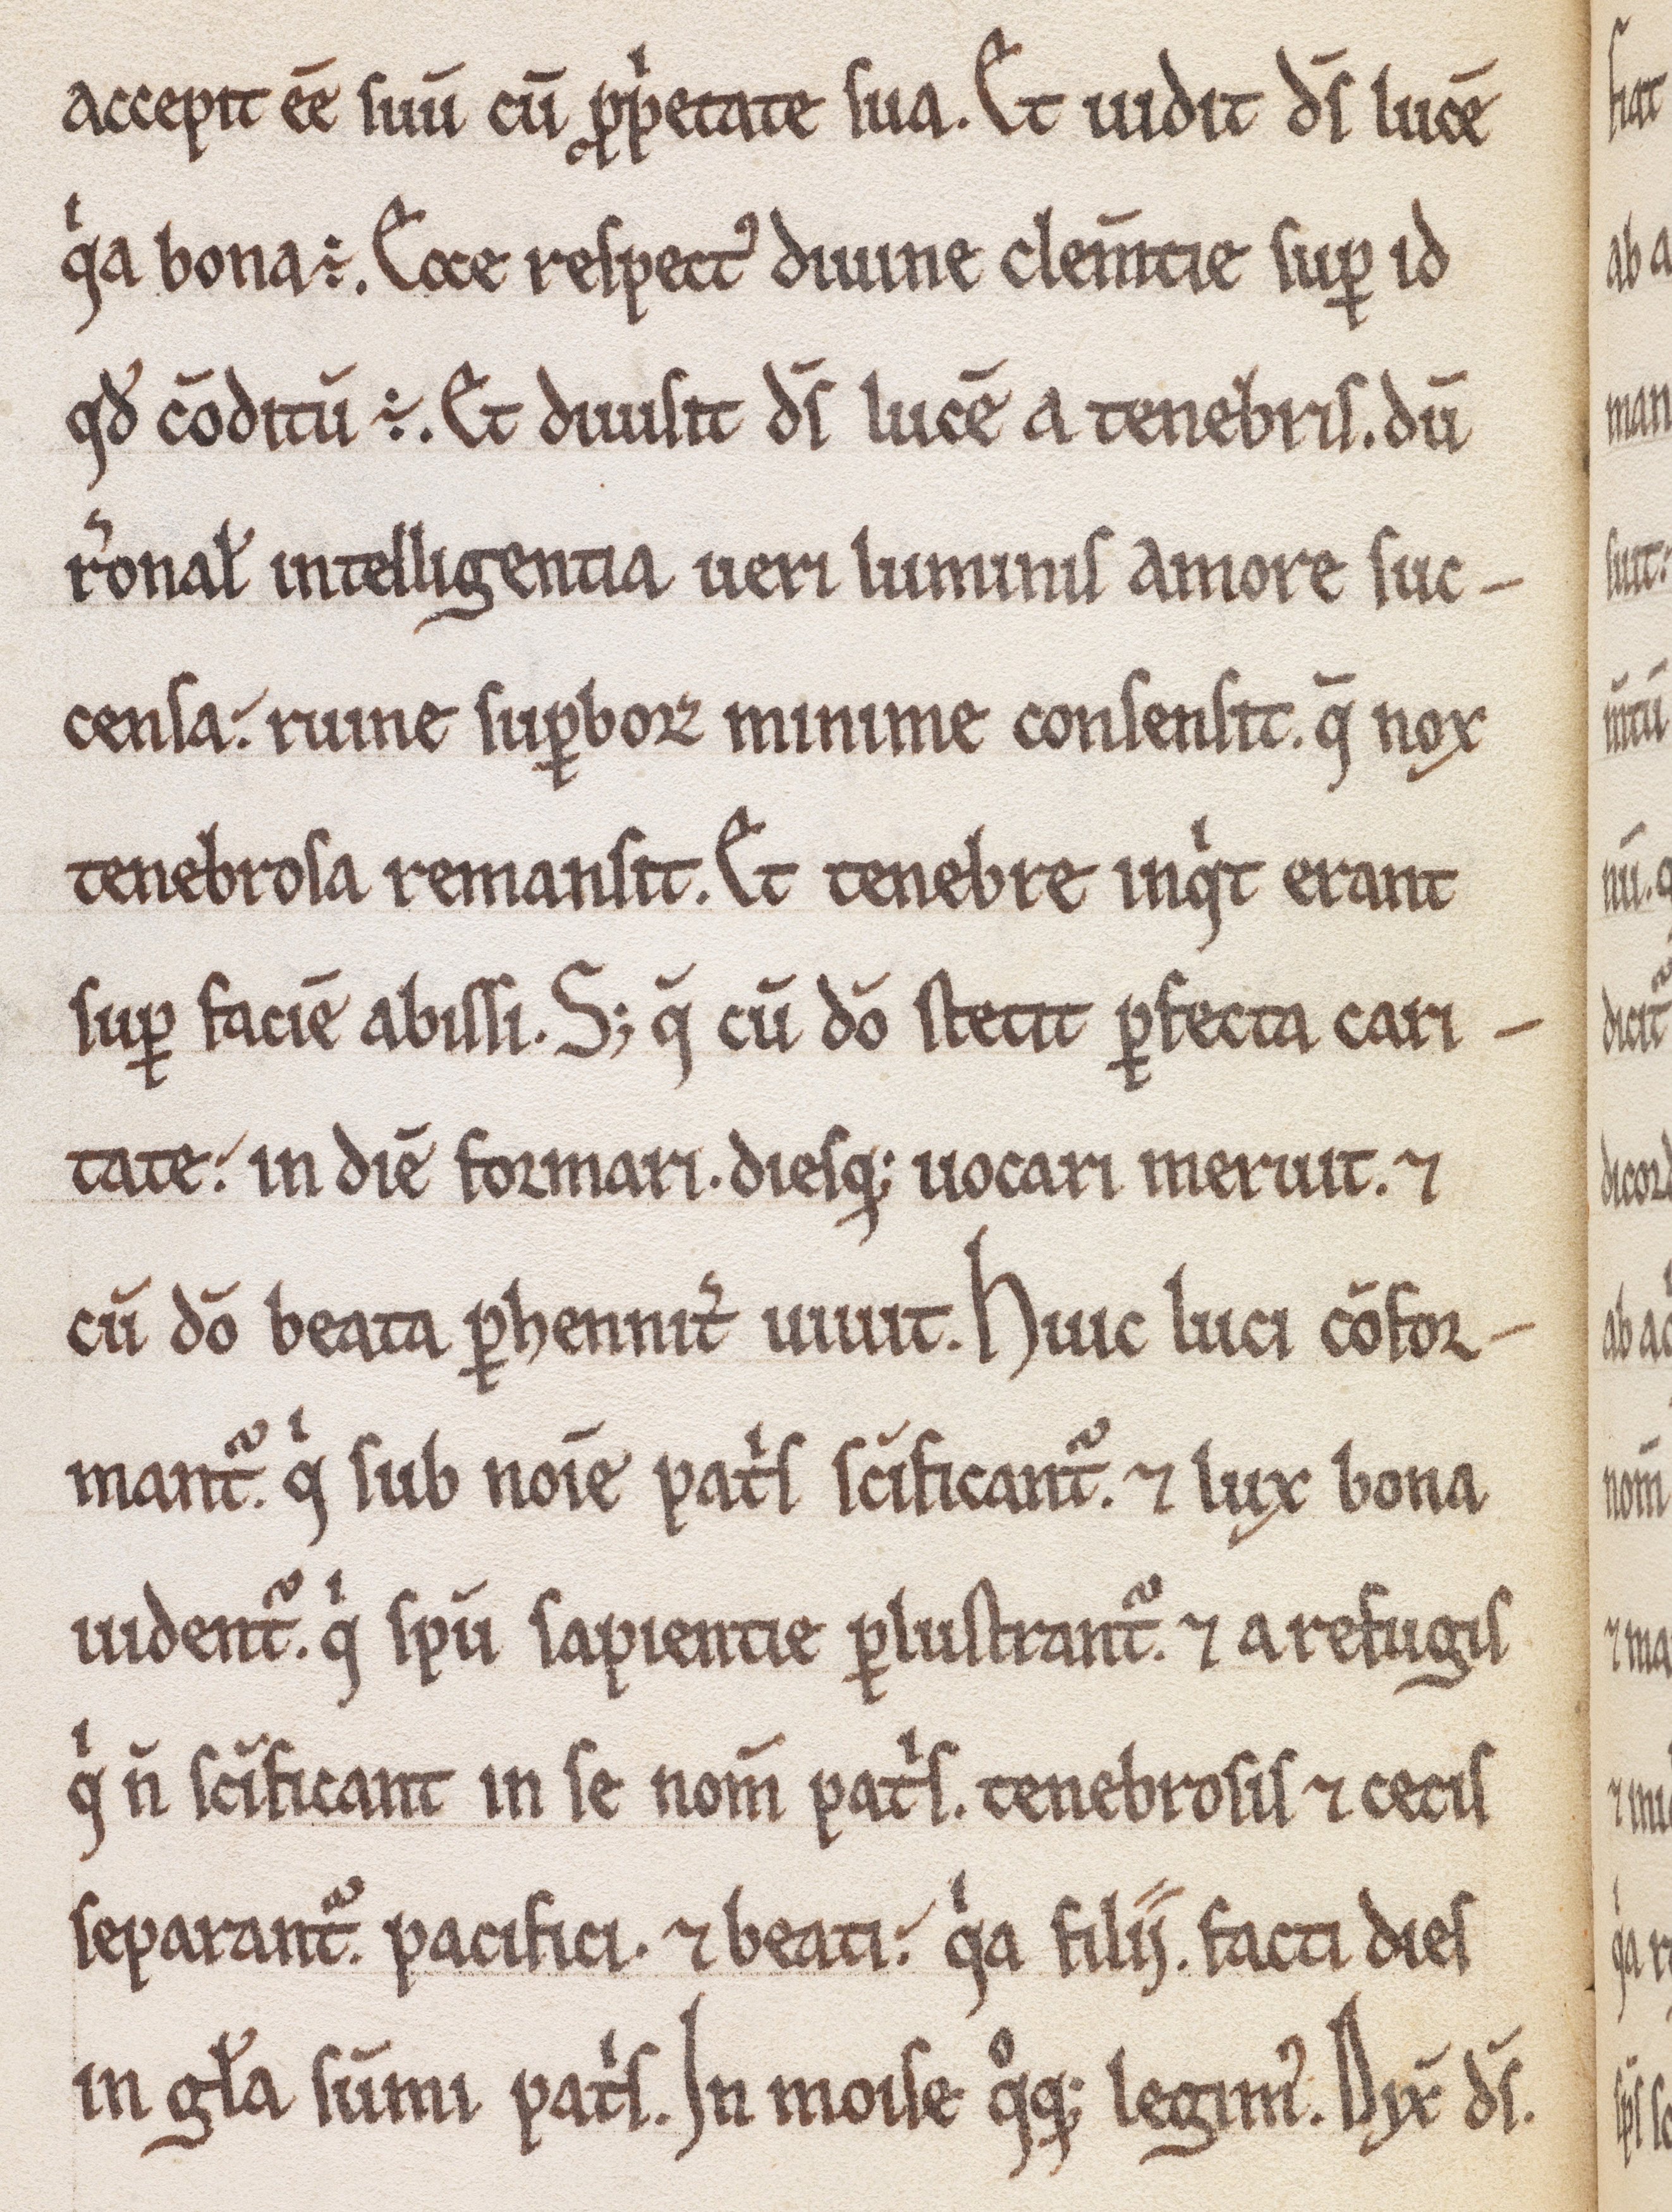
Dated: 1180–1199